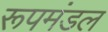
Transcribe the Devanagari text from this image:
रूपमंडल